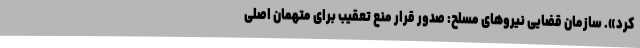
کرد». سازمان قضایی نیروهای مسلح: صدور قرار منع تعقیب برای متهمان اصلی